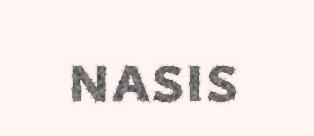
nasis